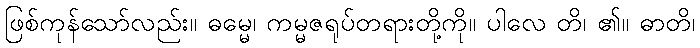
ဖြစ်ကုန်သော်လည်း။ ဓမ္မေ၊ ကမ္မဇရုပ်တရားတို့ကို။ ပါလေ တိ၊ ၏။ ဓာတိ၊